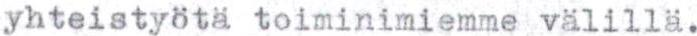
yhteistyötä toiminimiemme välillä.